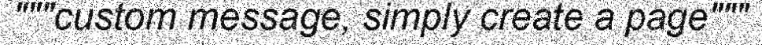
"""custom message, simply create a page"""